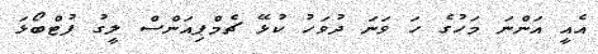
އެއީ އަންނަ މަހުގެ ހަ ވަނަ ދުވަހު ކުޅޭ ޗެމްޕިއަންސް ލީގު ފުޓްބޯޅަ